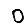
Digit: 0